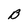
Character: B